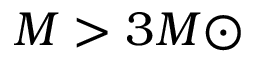
M > 3 M { \odot }